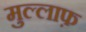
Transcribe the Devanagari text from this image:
मुल्लाफ़